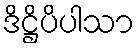
ဒိဋ္ဌိပိပါသာ